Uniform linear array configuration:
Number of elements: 64
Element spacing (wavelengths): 0.5
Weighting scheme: uniform
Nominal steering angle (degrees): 45
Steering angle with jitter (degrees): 44.552
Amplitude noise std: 0.05
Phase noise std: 0.05

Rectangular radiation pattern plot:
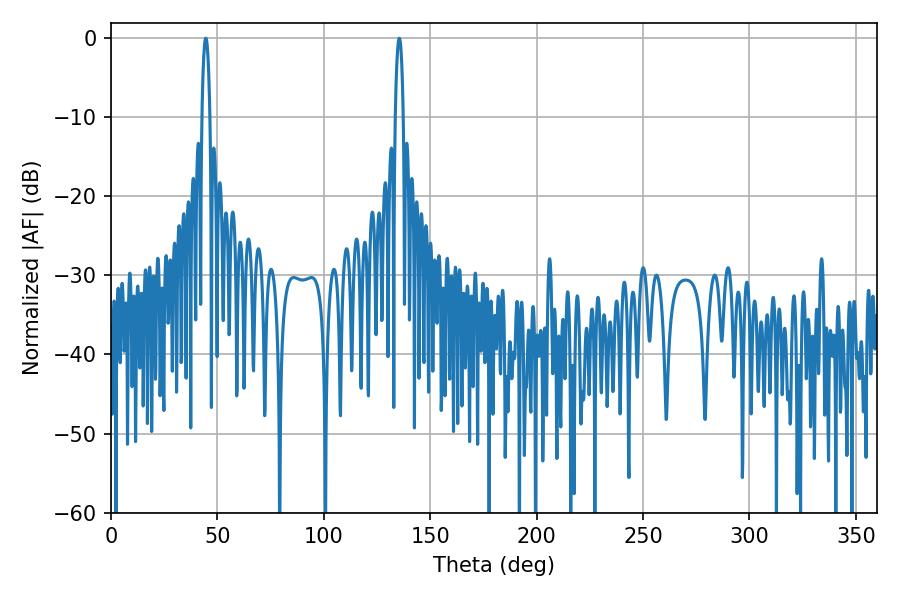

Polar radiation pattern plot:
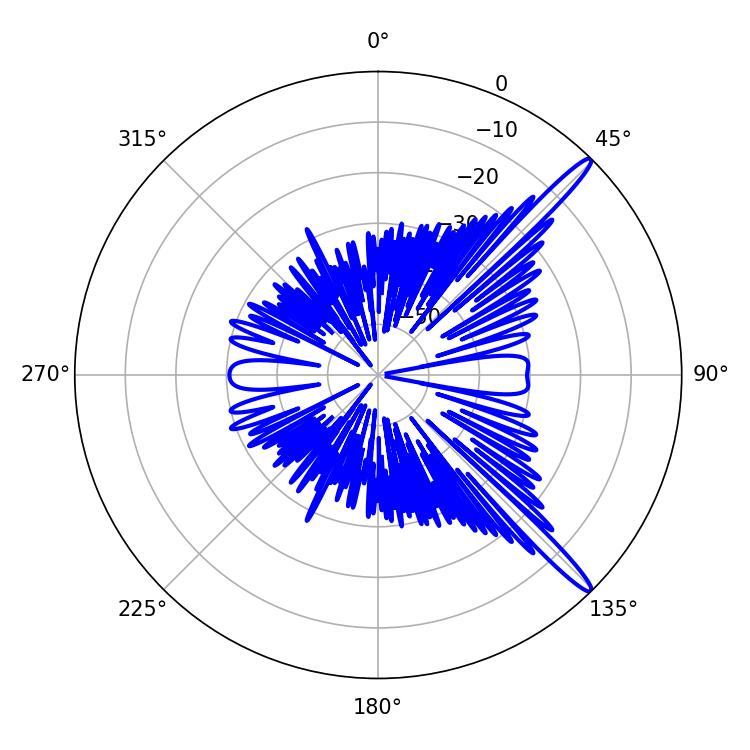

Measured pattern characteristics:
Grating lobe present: FALSE
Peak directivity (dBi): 15.143
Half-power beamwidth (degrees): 1.98
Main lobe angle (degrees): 44.46